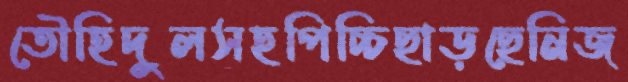
তৌহিদুলসহপিচ্চিছাড়ছেনিজ